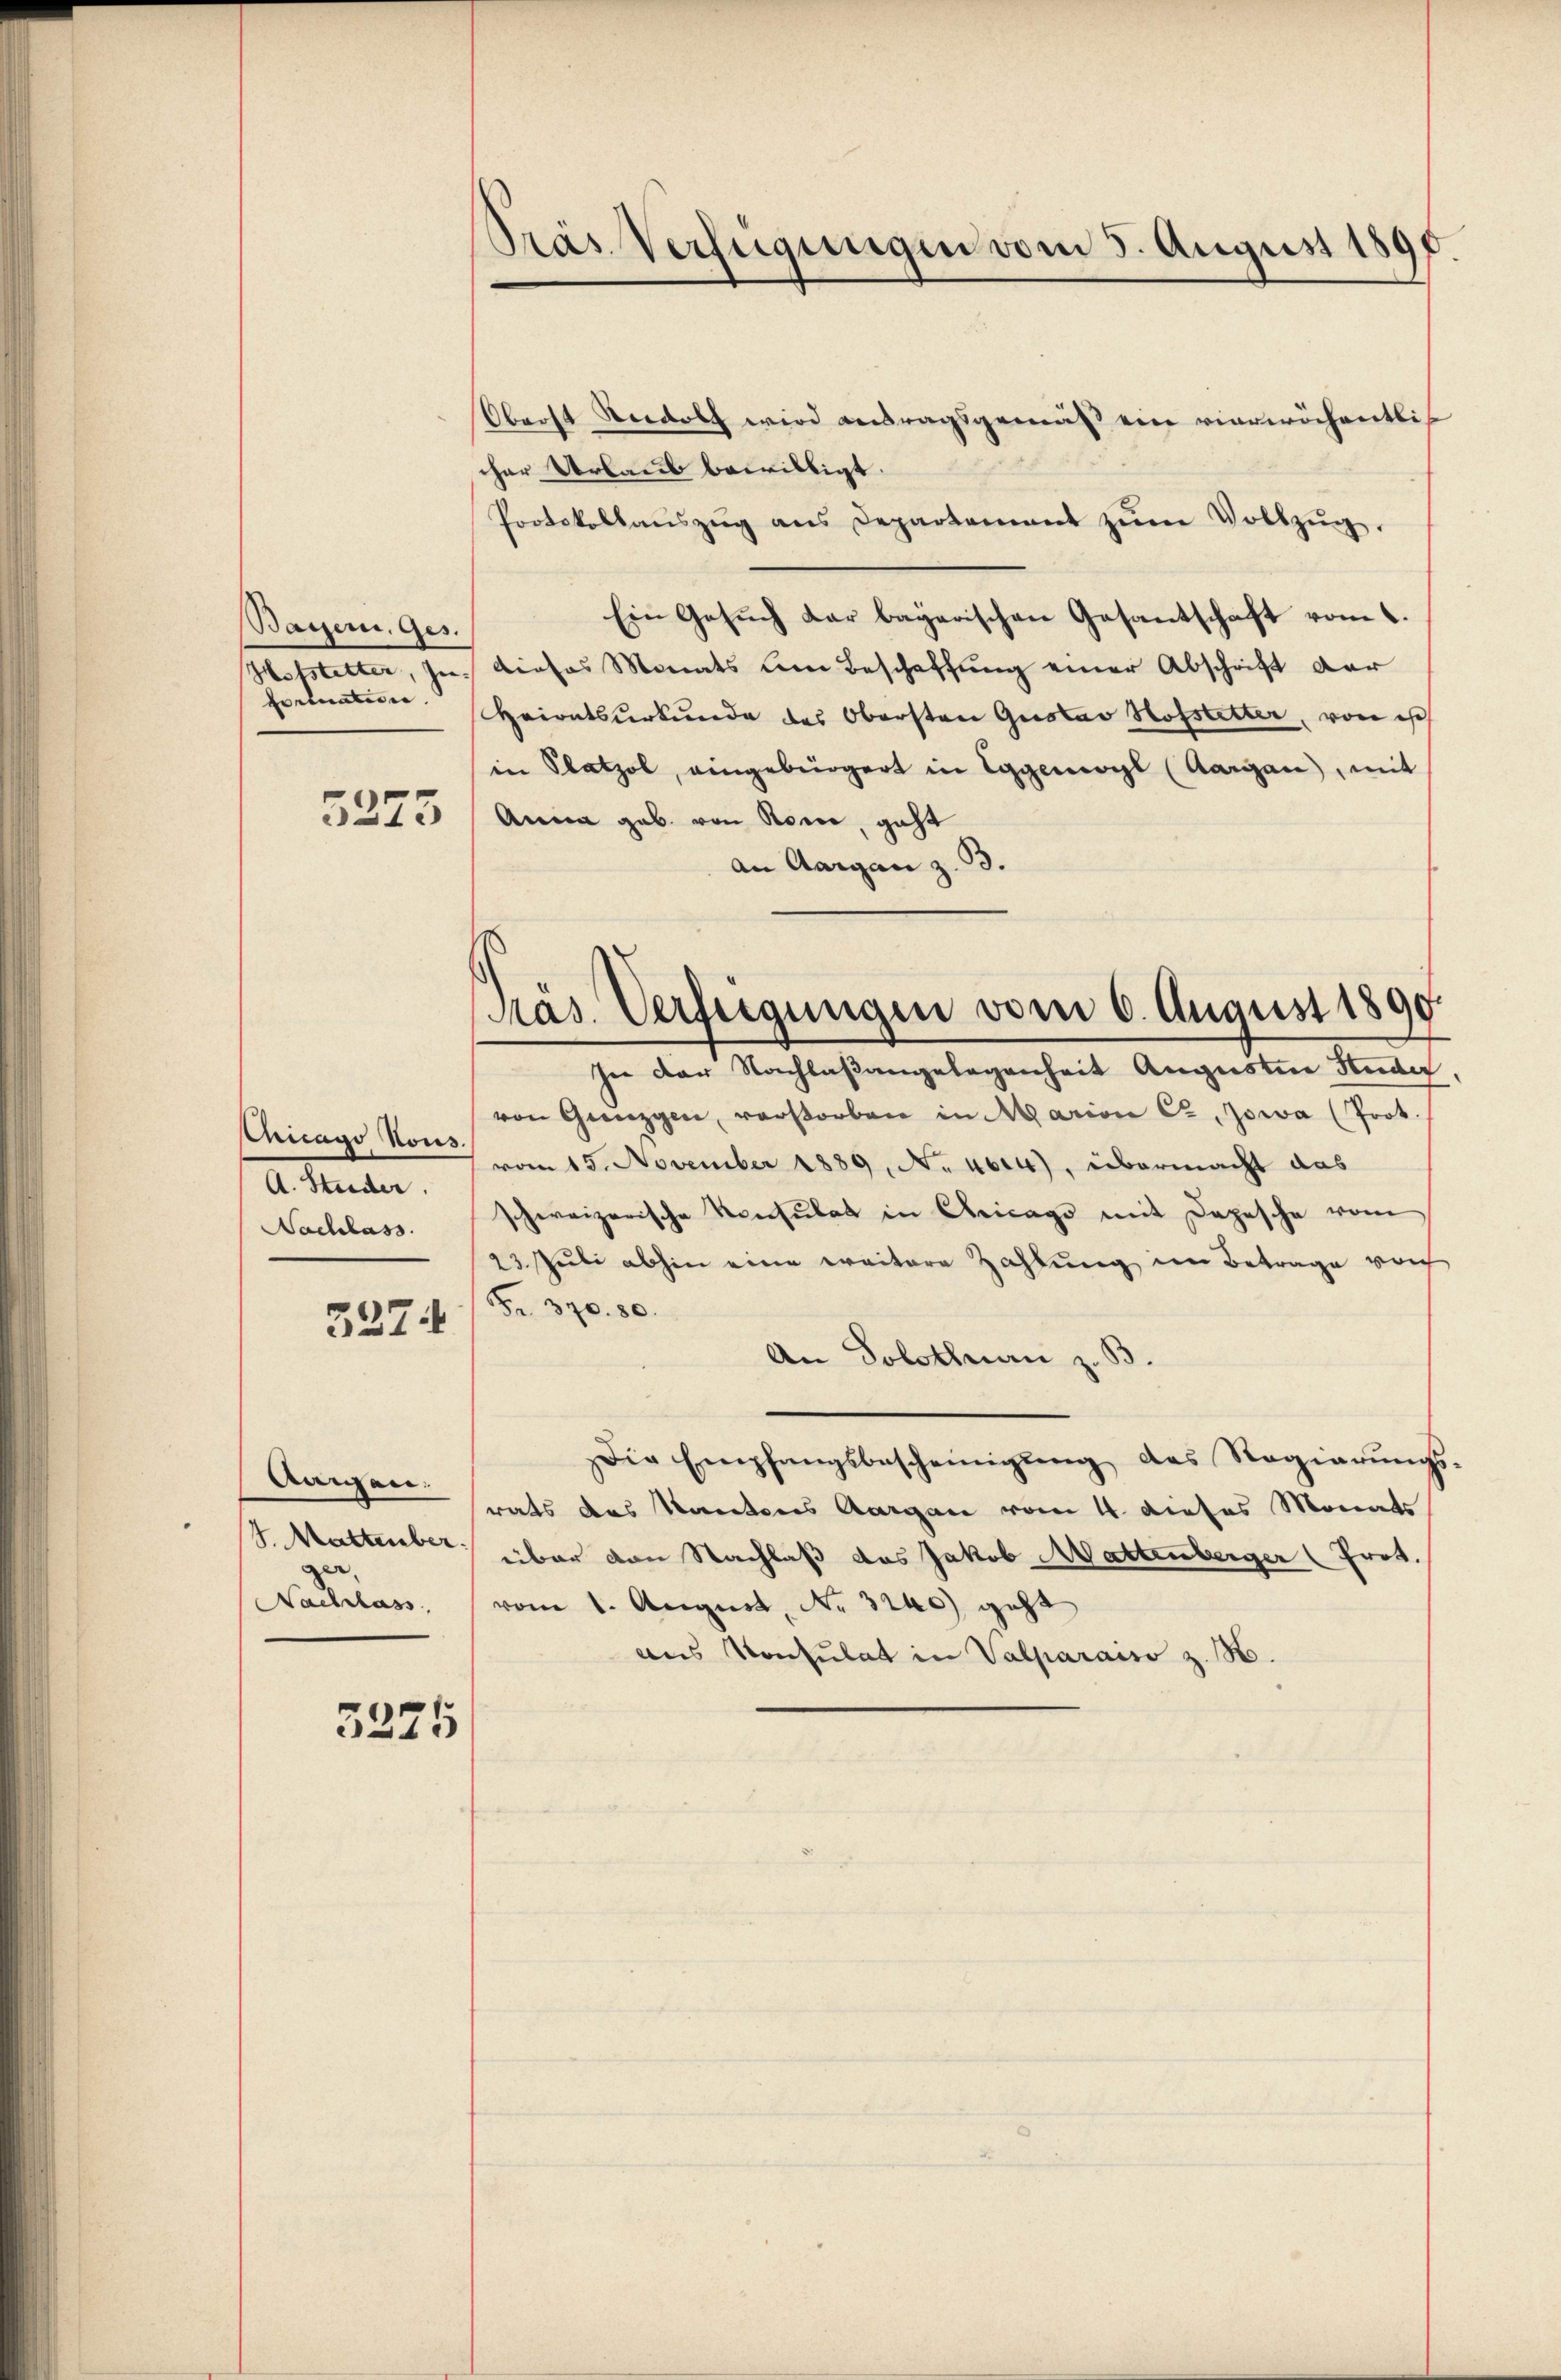
Bayern, Ges.
Portuation.

5275

Chicago Nous.
A. Studer.
Nachlass

3274

Aaigen.
S. Mattember.
Naculars,

3275

Präs. Verfügungen vom 5. August 1890

Oberst Nedolf wird antragsgemäß ein vierwöchentlicher Urlaub bewilligt.
Protokollanszŭg ans Departement zŭm Vollzŭg.
Ein Gesuch dar bayerischen Gesantschaft vom 1.
Hostetter, In dieses Monats um Beschaffung einer Abschrift der
Heiratsurkunde des Obersten Gustav Hofstetter, von ist
in Platz, eingebürgert in Eggerol (Aargau, mit
Anna geb. von Rone, geht
an Aargau z. B.

Präs. Verfügungen vom 6. August 1890.
In der Nachlaßangelegenheit Augusten Huder

von Grenzgen, verstorben in Marian Ca, Jowa (Prot.
vom 15. November 1889, N. 4014), übermacht das
schweizerische Konsulat in Chicago mit Depesche vom
23 Juli abhin eine weitere Zahlung im Betrage von
Fr. 370. 80.
An Solothuan z. B.
Die Empfangsbescheinigŭng des Regierŭngs-
rats das Kantons Aargau vom 4. dieses Monats
über von Nachlaß das Jakob Mattenberger (Prot.
vom 1. August, No. 3200 geht
aus Konsulat in Valparaiso z. B.